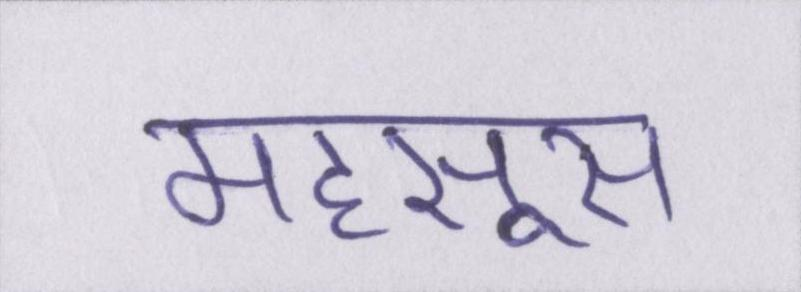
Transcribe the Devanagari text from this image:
महसूस